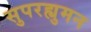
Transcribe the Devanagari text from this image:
सुपरह्युमन